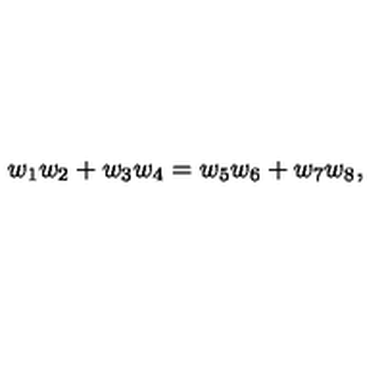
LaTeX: w _ { 1 } w _ { 2 } + w _ { 3 } w _ { 4 } = w _ { 5 } w _ { 6 } + w _ { 7 } w _ { 8 } ,